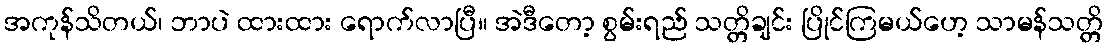
အကုန်သိတယ်၊ ဘာပဲ ထားထား ရောက်လာပြီ။ အဲဒီတော့ စွမ်းရည် သတ္တိချင်း ပြိုင်ကြမယ်ဟေ့ သာမန်သတ္တိ